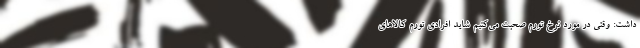
داشت: وقتی در مورد نرخ تورم صحبت می‌کنیم شاید افرادی تورم کالاهای